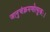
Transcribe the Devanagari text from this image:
जानुचंक्रमणोत्सुकः।